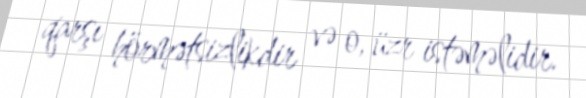
qarşı hörmətsizlikdir və o, üzr istəməlidir.